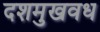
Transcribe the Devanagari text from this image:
दशमुखवध